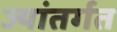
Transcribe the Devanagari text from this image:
ज्यांतर्गत